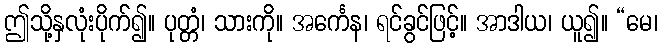
ဤသို့နှလုံးပိုက်၍။ ပုတ္တံ၊ သားကို။ အင်္ကေန၊ ရင်ခွင်ဖြင့်။ အာဒါယ၊ ယူ၍။ “မေ၊